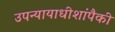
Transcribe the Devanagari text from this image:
उपन्यायाधीशांपैकी